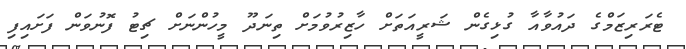
ޓެރަރިޒަމްގެ ދައުވާއާ ގުޅިގެން ޝަރީއަތަށް ހާޒިރުވުމަށް ތިނަދޫ މީހުންނަށް ޗިޓު ފޮނުވަން ފަށައިފި